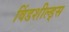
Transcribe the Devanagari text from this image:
विंडशील्ड्स